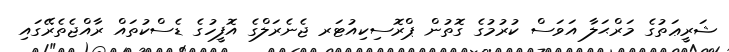
ޝަރީޢަތުގެ މަރްޙަލާ އަވަސް ކުރުމުގެ ގޮތުން ޕްރޮސިކިއުޓަރ ޖެނެރަލްގެ އޮފީހުގެ ޑެސްކުތައް ރާއްޖެތެރޭގައި